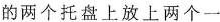
的两个托盘上放上两个一